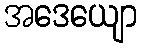
အဒေယျော